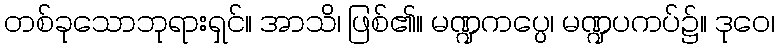
တစ်ခုသောဘုရားရှင်။ အာသိ၊ ဖြစ်၏။ မဏ္ဍကပ္ပေ၊ မဏ္ဍပကပ်၌။ ဒုဝေ၊